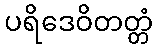
ပရိဒေဝိတတ္တံ